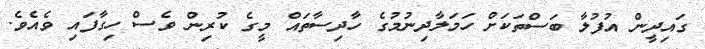
ގައިދީން އުފުލާ ބަސްތަކަށް ހަމަލާދިނުމުގެ ހާދިސާތައް މީގެ ކުރިން ވެސް ހިގާފައި ވެއެވެ.